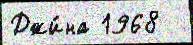
Джи́на 1968